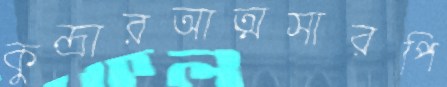
কুন্দ্রারআত্মসারপি